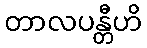
တာလပန္တီဟိ